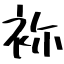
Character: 袮